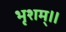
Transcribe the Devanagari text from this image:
भृशम्॥